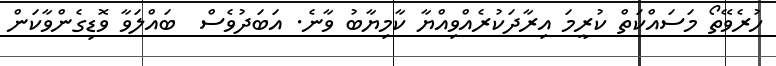
ހުރެވޭތޯ މަސައްކަތް ކުރީމަ އިރާދަކުރެއްވިއްޔާ ކާމިޔާބު ވާނެ. އަބަދުވެސް  ބައްލަވާ ވޮޑިގެންވާކަން